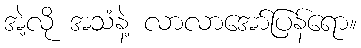
အဲ့လို အသံနဲ့ လာလာအော်ပြန်ရော။